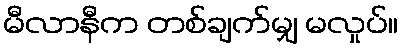
မီလာနီက တစ်ချက်မျှ မလှုပ်။